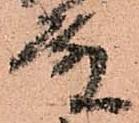
殿